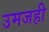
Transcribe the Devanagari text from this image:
उमजही